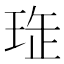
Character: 𤥖